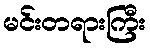
မင်းတရားကြီး